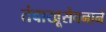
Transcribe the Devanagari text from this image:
तंबाखूसेवनाने